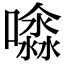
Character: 𡂊